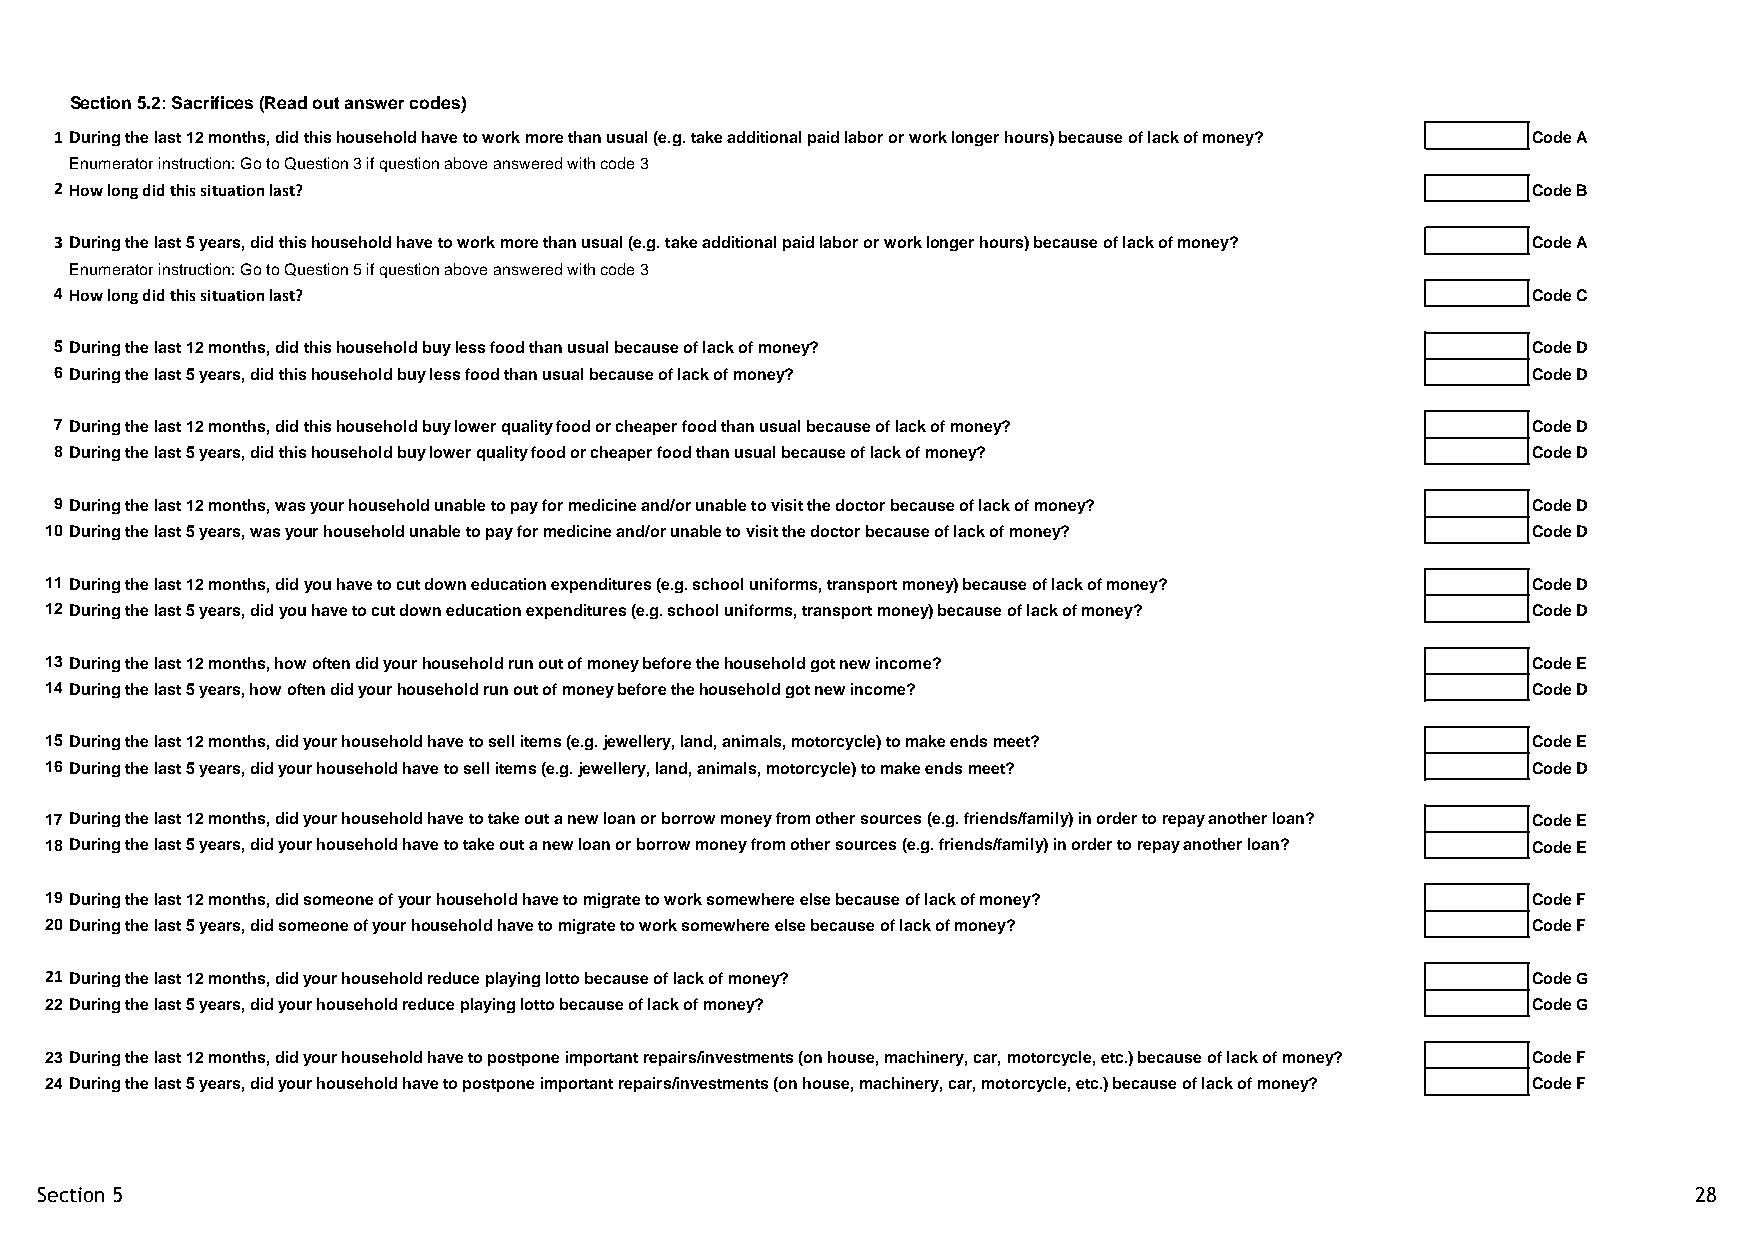
Section 5.2: Sacrifices (Read out answer codes)
 1 During the last 12 months, did this household have to work more than usual (e.g. take additional paid labor or work longer hours) because of lack of money? Code A
 Enumerator instruction: Go to Question 3 if question above answered with code 3
 2 How long did this situation last?                                                              Code B
 3 During the last 5 years, did this household have to work more than usual (e.g. take additional paid labor or work longer hours) because of lack of money? Code A
 Enumerator instruction: Go to Question 5 if question above answered with code 3
 4 How long did this situation last?                                                              Code C
 5 During the last 12 months, did this household buy less food than usual because of lack of money? Code D
 6 During the last 5 years, did this household buy less food than usual because of lack of money? Code D
 7 During the last 12 months, did this household buy lower quality food or cheaper food than usual because of lack of money? Code D
 8 During the last 5 years, did this household buy lower quality food or cheaper food than usual because of lack of money? Code D
 9 During the last 12 months, was your household unable to pay for medicine and/or unable to visit the doctor because of lack of money? Code D
 10 During the last 5 years, was your household unable to pay for medicine and/or unable to visit the doctor because of lack of money? Code D
 11 During the last 12 months, did you have to cut down education expenditures (e.g. school uniforms, transport money) because of lack of money? Code D
 12 During the last 5 years, did you have to cut down education expenditures (e.g. school uniforms, transport money) because of lack of money? Code D
 13 During the last 12 months, how often did your household run out of money before the household got new income? Code E
 14 During the last 5 years, how often did your household run out of money before the household got new income? Code D
 15 During the last 12 months, did your household have to sell items (e.g. jewellery, land, animals, motorcycle) to make ends meet? Code E
 16 During the last 5 years, did your household have to sell items (e.g. jewellery, land, animals, motorcycle) to make ends meet? Code D
 17 During the last 12 months, did your household have to take out a new loan or borrow money from other sources (e.g. friends/family) in order to repay another loan? Code E
 18 During the last 5 years, did your household have to take out a new loan or borrow money from other sources (e.g. friends/family) in order to repay another loan? Code E
 19 During the last 12 months, did someone of your household have to migrate to work somewhere else because of lack of money? Code F
 20 During the last 5 years, did someone of your household have to migrate to work somewhere else because of lack of money? Code F
 21 During the last 12 months, did your household reduce playing lotto because of lack of money?   Code G
 22 During the last 5 years, did your household reduce playing lotto because of lack of money?     Code G
 23 During the last 12 months, did your household have to postpone important repairs/investments (on house, machinery, car, motorcycle, etc.) because of lack of money? Code F
 24 During the last 5 years, did your household have to postpone important repairs/investments (on house, machinery, car, motorcycle, etc.) because of lack of money? Code F
 Section 5                                                                                                     28